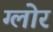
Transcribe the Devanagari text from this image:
ग्लोर